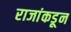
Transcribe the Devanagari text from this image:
राजांकडून